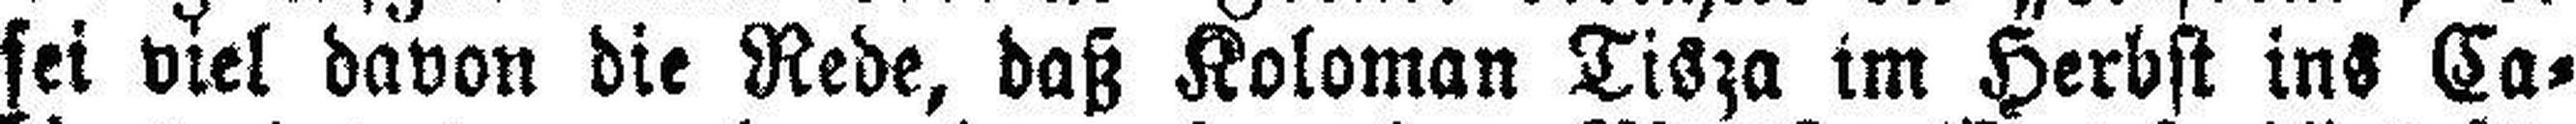
sei viel davon die Rede, daß Koloman Tisza im Herbst ins Ca¬